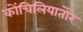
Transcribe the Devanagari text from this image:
कोंचिलियातोरे